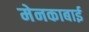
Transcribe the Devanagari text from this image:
मेनकाबाई